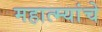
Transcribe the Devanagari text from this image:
महात्म्यांचे